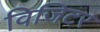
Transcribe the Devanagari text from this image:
विजिटर